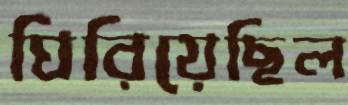
ঘিরিয়েছিল